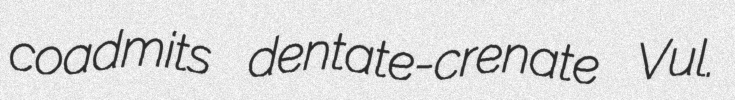
coadmits dentate-crenate Vul.